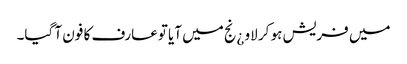
میں فریش ہو کر لاو ¿نج میں آیا توعارف کا فون آ گیا۔